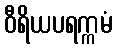
ဝီရိယပရက္ကမံ